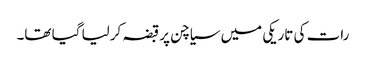
رات کی تاریکی میں سیاچن پر قبضہ کرلیا گیا تھا۔